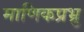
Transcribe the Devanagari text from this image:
माणिकप्रभ्रु